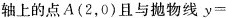
轴上的点A(2，0)且与抛物线$$y =$$